On the morphology, teratology, and diclinism of the flowers of cannabis - Number 12
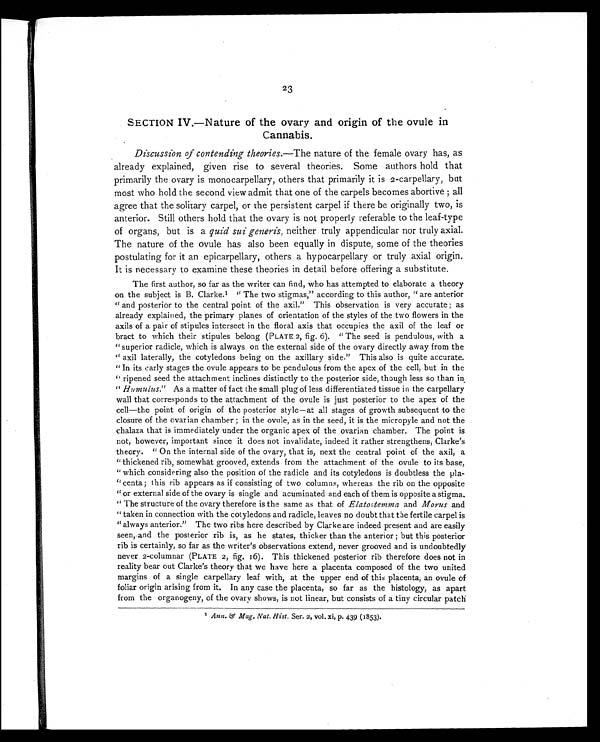
23
SECTION IV.—Nature of the ovary and origin of the ovule in
Cannabis.
Discussion of contending theories. —The nature of the female ovary has, as
already explained, given rise to several theories. Some authors hold that
primarily the ovary is monocarpellary, others that primarily it is 2-carpellary, but
most who hold the second view admit that one of the carpels becomes abortive ; all
agree that the solitary carpel, or the persistent carpel if there be originally two, is
anterior. Still others hold that the ovary is not properly referable to the leaf-type
of organs, but is a quid sui generis, neither truly appendicular nor truly axial.
The nature of the ovule has also been equally in dispute, some of the theories
postulating for it an epicarpellary, others a hypocarpellary or truly axial origin.
It is necessary to examine these theories in detail before offering a substitute.
The first author, so far as the writer can find, who has attempted to elaborate a theory
on the subject is B. Clarke. 1 " The two stigmas," according to this author, " are anterior
" and posterior to the central point of the axil." This observation is very accurate ; as
already explained, the primary planes of orientation of the styles of the two flowers in the
axils of a pair of stipules intersect in the floral axis that occupies the axil of the leaf or
bract to which their stipules belong (PLATE 2, fig. 6). " The seed is pendulous, with a
" superior radicle, which is always on the external side of the ovary directly away from the
" axil laterally, the cotyledons being on the axillary side." This also is quite accurate.
" In its early stages the ovule appears to be pendulous from the apex of the cell, but in the
" ripened seed the attachment inclines distinctly to the posterior side, though less so than in
" HumuIus." As a matter of fact the small plug of less differentiated tissue in the carpellary
wall that corresponds to the attachment of the ovule is just posterior to the apex of the
cell—the point of origin of the posterior style—at all stages of growth subsequent to the
closure of the ovarian chamber ; in the ovule, as in the seed, it is the micropyle and not the
chalaza that is immediately under the organic apex of the ovarian chamber. The point is
not, however, important since it does not invalidate, indeed it rather strengthens, Clarke's
theory. " On the internal side of the ovary, that is, next the central point of the axil, a
"thickened rib, somewhat grooved, extends from the attachment of the ovule to its base,
" which considering also the position of the radicle and its cotyledons is doubtless the pla-
" centa ; this rib appears as if consisting of two columns, whereas the rib on the opposite
"or external side of the ovary is single and acuminated and each of them is opposite a stigma.
" The structure of the ovary therefore is the same as that of Elatostemma and Morus and
" taken in connection with the cotyledons and radicle, leaves no doubt that the fertile carpel is
"always anterior." The two ribs here described by Clarke are indeed present and are easily
seen, and the posterior rib is, as he states, thicker than the anterior ; but this posterior
rib is certainly, so far as the writer's observations extend, never grooved and is undoubtedly
never 2-columnar (PLATE 2, fig. 16). This thickened posterior rib therefore does not in
reality bear out Clarke's theory that we have here a placenta composed of the two united
margins of a single carpellary leaf with, at the upper end of this placenta, an ovule of
foliar origin arising from it. In any case the placenta, so far as the histology, as apart
from the organogeny, of the ovary shows, is not linear, but consists of a tiny circular patch
1 Ann. & Mag. Nat. Hist. Ser. 2, vol. xi, p. 439 (1853).